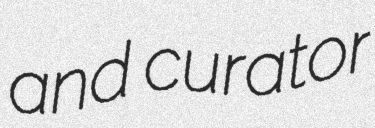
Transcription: and curator